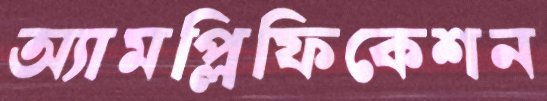
অ্যামপ্লিফিকেশন